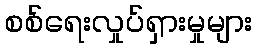
စစ်ရေးလှုပ်ရှားမှုများ